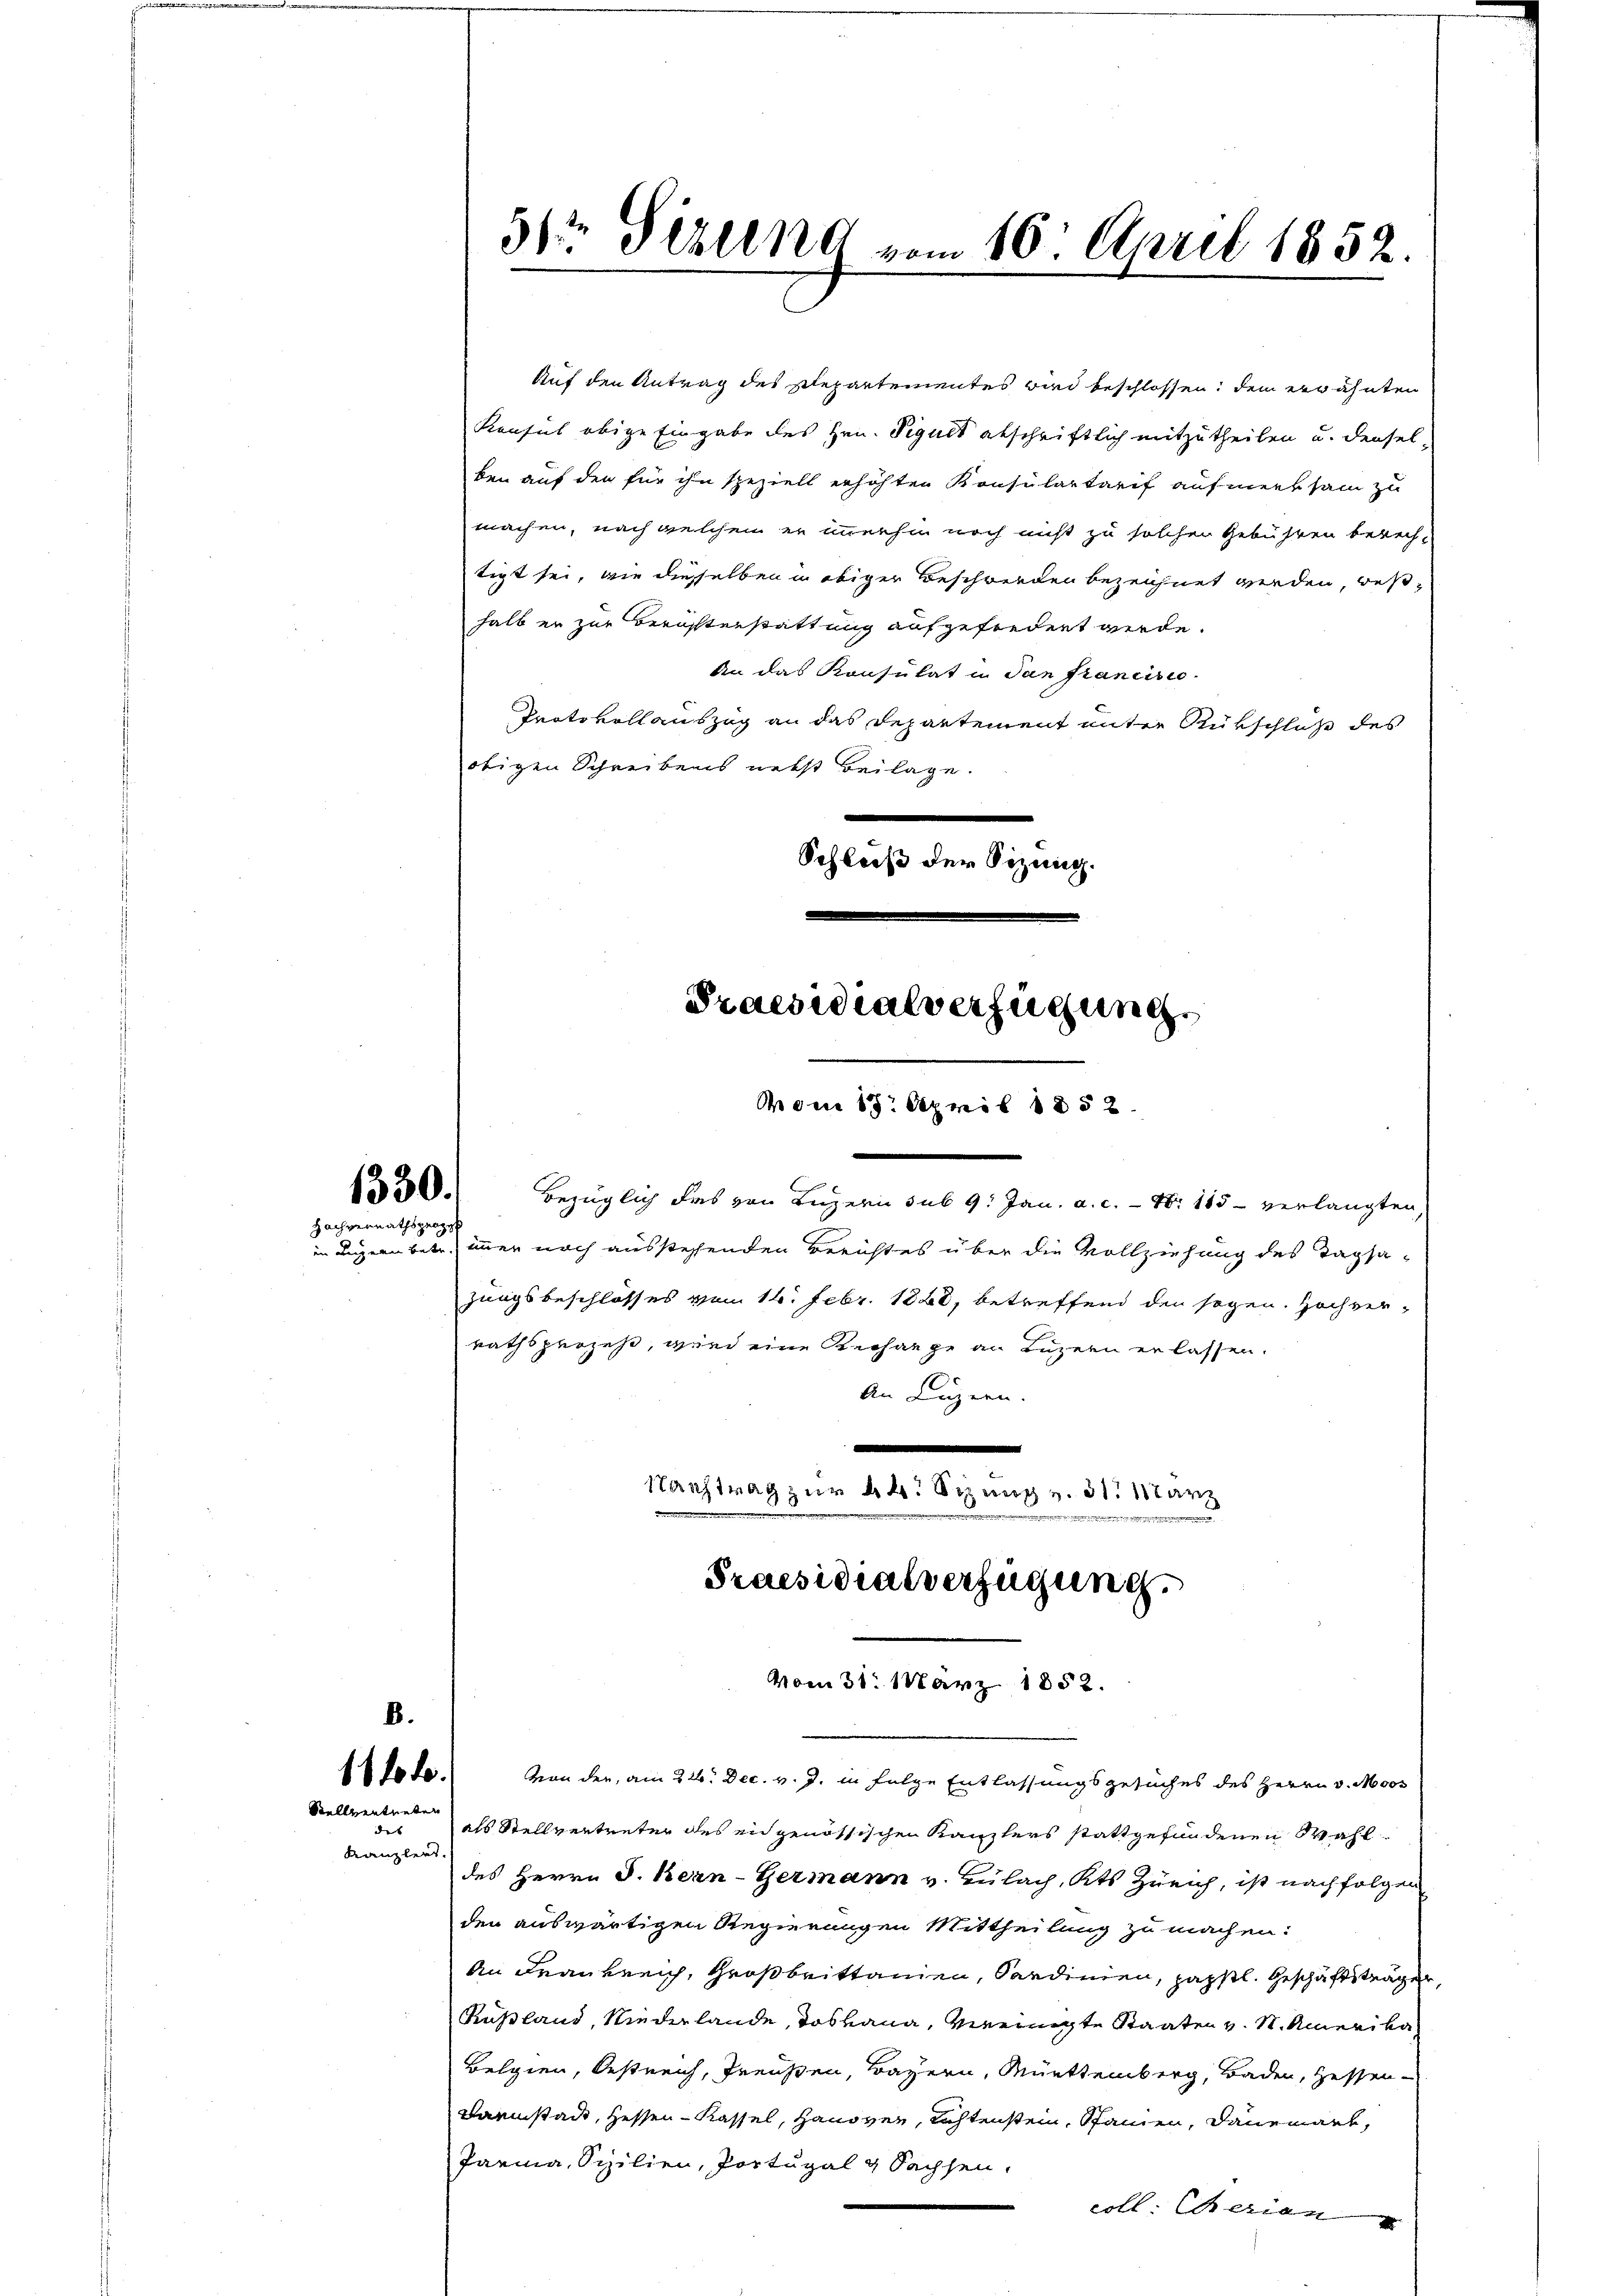
1330.
Hachvernathsproze

11t d.
Stellvertreten

des
Kanzlers.

51 Titelnd vom 10. April 1852.

Auf den Antrag des Plepartementes wird beschlossen, dem erwähnten
Konsul obige Eingabe des Hrn. Sigult abschriftlich mitzutheilen und denselben auf den für ihn speziell erhöhten Konsulartarif aufmerksam zu
machen, nach welchem er imerhin noch nicht zu solchen Gebühren berecht
tigt sei, wie dieselben in obiger Beschwerden bezeichnet werden, weßhalb er zur Berichterstattung aufgefordert werde.
An das Konsulat in San Francisio
Protokollauszug an das Departement unter Rückschluß des
obigen Schreibens nebst Beilage.
Schluß der Sitzung.
Praesidialverfügung

Thon 15. April 1852.

bezüglich des von Luzern sub 9. Jan. a. c. - N. 115 - verlangten,
in ungenübetr. immer noch ausstehenden Berichtes über die Vollziehung des Tagsazungsbeschlosses vom 16. Febr. 1828, betreffend den sogen. Hochverrathsprozeß, wird eine Verhänge an Luzern erlassen.
An Luzern.
.
Stauftrag zur 4. Sizung v. 31. März

Praesidialverfügung.
vom 31. März 1852.

von der, am 22. Dec. v. J. in Folge Entlassungsgesuches des Herrn v. Moos
als Stellvertreter des eidgenössischen Kanzlers stattgefundenen Wahl
des Herrn J. Bern-Germann v. Bülach, Kts Zürich, ist nachfolgen
den auswärtigen Regierungen Mittheilung zu machen:
An Frankreich, Großbrittanien, Sardinien, päpstl. Geschäftsträger,
Rußland, Niederlande, das kann, vereinigte Staaten v. M. Amerika
Belgien, Oestreich, Preußen, Bayern, Mürttemberg, Baden, Hessen¬
Darmstadt, Hessen-Kassel, Hanover, Tochtenstein, Spannen, danemark,
Parma, Sizilien, Portugal & Sachsen.
coll. Eherien